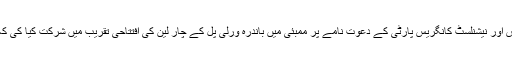
بدھ کی شام امیتابھ نے ریاست کی اتحادی حکمران جماعت کانگریس اور نیشنلسٹ کانگریس پارٹی کے دعوت نامے پر ممبئی میں باندرہ ورلی پل کے چار لِین کی افتتاحی تقریب میں شرکت کیا کی کہ ممبئی سے لے کر دلی تک کے سیاسی گلیاروں میں ہلچل مچ گئی۔